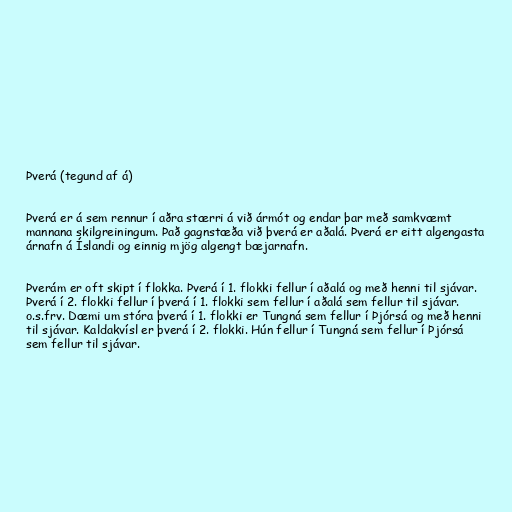
Þverá (tegund af á)

Þverá er á sem rennur í aðra stærri á við ármót og endar þar með samkvæmt
mannana skilgreiningum. Það gagnstæða við þverá er aðalá. Þverá er eitt algengasta
árnafn á Íslandi og einnig mjög algengt bæjarnafn.

Þverám er oft skipt í flokka. Þverá í 1. flokki fellur í aðalá og með henni til sjávar.
Þverá í 2. flokki fellur í þverá í 1. flokki sem fellur í aðalá sem fellur til sjávar.
o.s.frv. Dæmi um stóra þverá í 1. flokki er Tungná sem fellur í Þjórsá og með henni
til sjávar. Kaldakvísl er þverá í 2. flokki. Hún fellur í Tungná sem fellur í Þjórsá
sem fellur til sjávar.